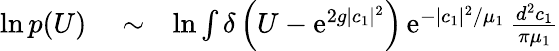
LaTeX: \begin{array}{rlr}{\ln p(U)}&{{}\sim}&{\ln\int\delta\left(U-\mathrm{e}^{2g\vert c_{1}\vert^{2}}\right)\, \mathrm{e}^{-\vert c_{1}\vert^{2}/\mu_{1}}\, \frac{d^{2}c_{1}}{\pi\mu_{1}}}\end{array}